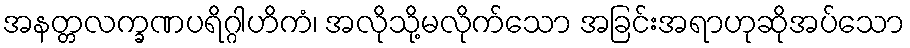
အနတ္တလက္ခဏပရိဂ္ဂါဟိကံ၊ အလိုသို့မလိုက်သော အခြင်းအရာဟုဆိုအပ်သော